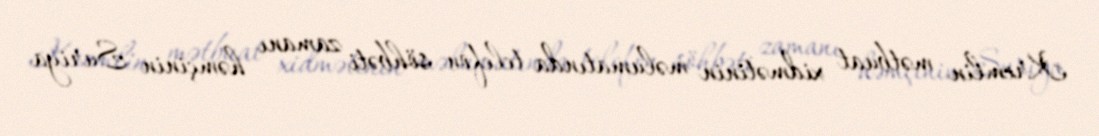
Kremlin mətbuat xidmətinin məlumatında telefon söhbəti zamanı həmçinin Suriya